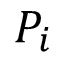
P _ { i }